Vaccination in Bombay 1869-1873 - 1869-1873
Year: 1869
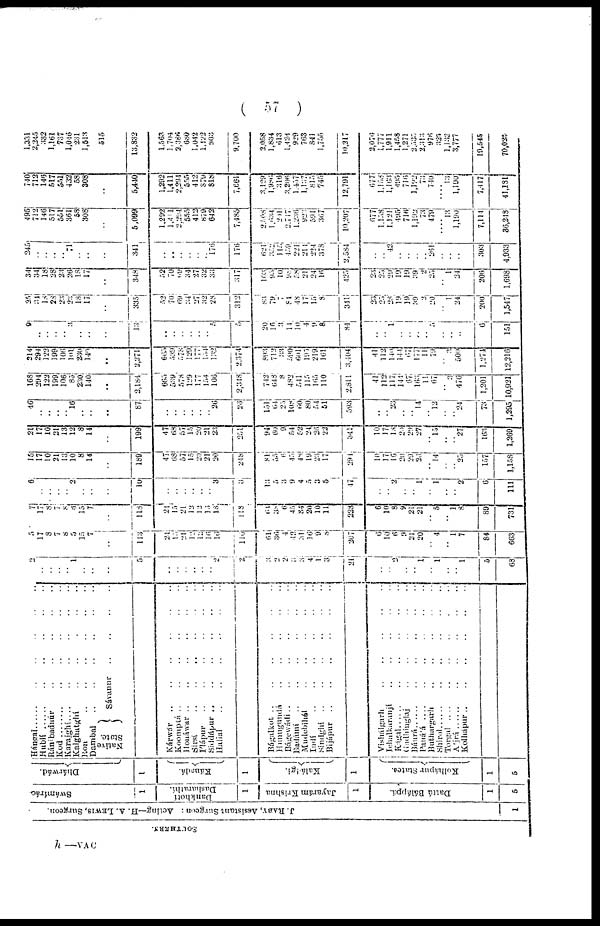
( 57 )
SOUTHERN.
J. RABY, Assistant Surgeon : Acting—H. A. LEWIS, Surgeon.
1
Swámíráo.
1
Dankhotí
Dasharathí.
1
Jayarám Krishna
1
Dattú Báláppá.
1
5
Dhánwád.
1
Kánadá.
1
Kalálgi.
1
Kolhápur States.
1
5
Hángal .......... .. .. .. .. ..
Hublí ........ .. .. .. .. .. ..
Ráníbadnúr
..
..
..
..
..
..
Kod .......... .. .. .. ..
Karajghí
....
..
..
..
..
..
Kalghatghí
..
..
..
..
..
Ron
..
..
..
..
..
Dambal
..
..
..
..
..
..
Native
States.
Sávannr
..
..
..
..
Kárwár .. .. .. ..
Koomptá
..
..
..
..
..
Honáwar .. .. .. .. .. ..
Sirsí
..
..
..
..
..
Plápur
..
..
..
..
..
Siddápur
..
..
..
..
..
Halial
..
..
..
..
Bágalkot
..
..
..
..
..
..
Hunugundá
..
..
..
..
..
Bágewádi
..
..
..
..
..
Badámí
..
..
..
..
Mudebihál
..
..
..
..
..
Indí
..
..
..
..
..
Sindghí
..
..
..
..
..
..
Bijápur
..
..
..
..
..
..
Vishálgarh
..
..
..
..
..
Iehalkaranjí
..
..
..
..
Kágal
..
..
..
..
..
..
Gadhinglaj
..
..
..
..
Báurá ........ .. .. .. ..
Panátá
....
..
..
..
..
Buthargarh
..
..
..
..
..
Shirol ...... .. .. .. .. ..
Torgal
....
..
..
..
..
Kolhápur
..
..
..
..
..
2
..
..
..
.. 1
..
..
..
5
..
..
..
..
..
.. 2
2
3
2
2
3
3 4
1
3
21
..
.. 2
..
.. 1
..
1
..
.. 1
5
68
5
17 8
7
8
5
15
7
..
113
24
15
21
12
12 16
16
116
61
36
4
42
31
16
9
8
207
6
10
6
9
21
20
.. 4
.. 1
7
84
663
7
17
8
.. 8
6
15
7
..
118
24
15
21
12
12
16
18
118
64
38
6
45
34
20
10
11
228
6
10
8
9
21
21
.. 5
.. 1
8
89
731
6
..
..
..
.. 2
..
..
..
10
..
..
..
..
..
.. 3
3
13
5
3
9
4
5
3
5
47
..
..
2
..
.. 1
..
1
..
.. 2
6
111
15
17
10
21
13
10
8
14
..
189
47
68
57
15
20
21
20
218
81
55
6
45
48
19
23
17
294
10
17
16
20
29
26
.. 14
..
.. 25
157
1,158
21
17
10
21
13
12
8
14
..
199
47
68
57
15
20
21
23
251
94
60
9
54
52
24
26
22
341
10
17
18
20
29
27
.. 15
..
..
27
163
1,269
46
..
..
..
.. 16
..
..
..
87
..
..
..
..
..
.. 26
26
151
64
25
108
60
80
54
51
593
..
.. 23
..
.. 14
.. 12
..
..
24
73
1,295
168
294
122
199
106
85
230
140
..
2,184
665
539
578
129
177
154
106
2,348
742
648
8
482
541
115
165
110
2,811
41
112
117
144
67
163
11
67
.. 3
476
1,201
10,921
214
294
122
199
106
101
230
140
..
2,271
665
539
578
129
177
154
132
2,374
893
712
33
590
601
195
219
161
3,404
41
112
140
144
67
177
11
79
.. 3
500
1,274
12,216
9
..
.. ..
.. 3
..
..
..
13
..
..
..
..
..
.. 5
5
20
16
3
14
10
4
9
8
84
..
.. 1
.. ..
.. ..
5
..
..
..
6
151
25
34
18
28
23
23
18
17
..
335
52
70
69
34
27
32
28
312
83
79
7
84
48
17
15
8
341
23
25
28
19
19
39
2
20
.. 1
24
200
1,547
34
34
18
28
23
26
18
17
..
348
52
70
69
34
27
32
33
317
103
95
10
98
58
21
24
16
425
23
25
29
19
19
39
2
25
.. 1
24
206
1,698
245
..
..
..
..
71
..
..
..
341
..
.. ..
..
..
.. 176
176
621
352
115
459
221
214
224
378
2,584
..
.. 42
..
..
..
.. 261
..
..
..
303
4,933
495
712
146
517
551
361
58 308
..
5,099
1,292
1,411
2,294
555
412
879
642
7,485
2,508
1,634
201
2,717
1,236
923
591
367
10,207
677
1,158
1,121
495
716
1,192
73
479
.... 13
1,190
7,114
36,248
740
712
146
517
551
432
58
308
..
5,440
1,292
1,411
2,294
555
412
879
818
7,664
3,129
1,986
316
3,206
1,457
1,137
815
745
12,791
677
1,158
1,163
495
716
1,192
73 740
.... 13
1,190
7,417
41,181
1,331
2,245
332
1,161
737
1,046
231
1,513
515
13,832
1,563
1,704
2,386
680
1,042
1,422
903
9,700
2,058
1,834
613
1,424
929
763
841
1,755
10,217
2,070
1,777
1,911
1,458
1,271
2,335
2,312
976
325
1,132
3,777
19,545
70,022
h —VAC